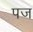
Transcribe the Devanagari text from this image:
पज